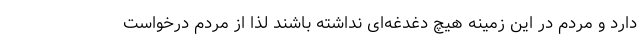
دارد و مردم در این زمینه هیچ دغدغه‌ای نداشته باشند لذا از مردم درخواست